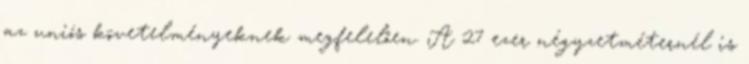
az uniós követelményeknek megfelelően. A 27 ezer négyzetméternél is